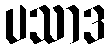
ပသာဒ